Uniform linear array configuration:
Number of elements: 32
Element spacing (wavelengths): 0.5
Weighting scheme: exponential
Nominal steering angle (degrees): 60
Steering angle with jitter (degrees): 60.638
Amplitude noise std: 0.05
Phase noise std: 0.05

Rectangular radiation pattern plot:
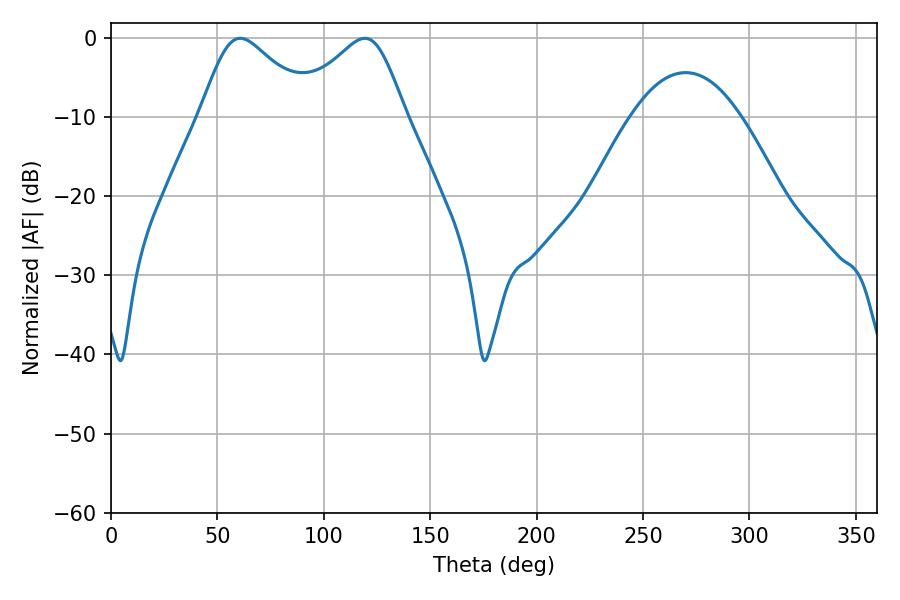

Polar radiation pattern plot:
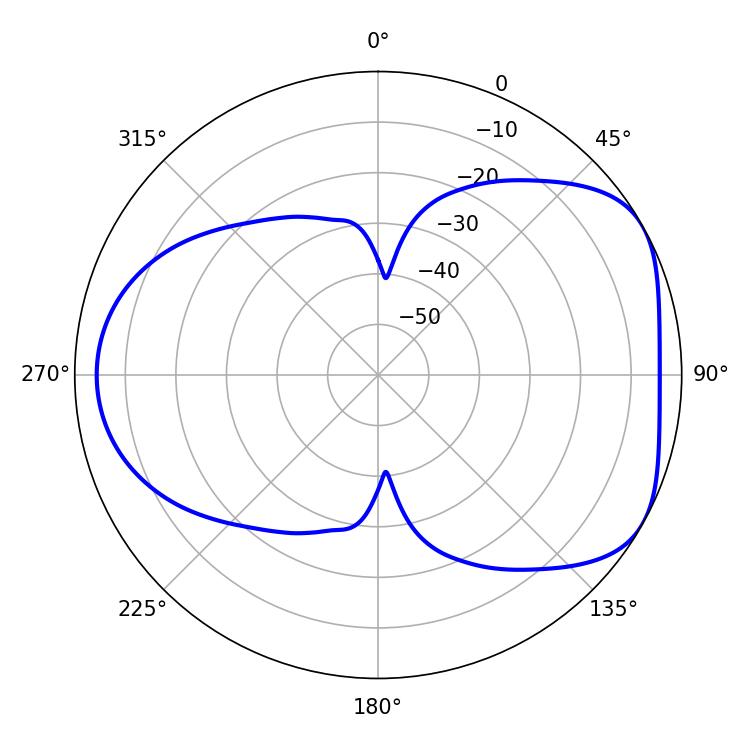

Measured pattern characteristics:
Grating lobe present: FALSE
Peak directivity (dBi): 4.885
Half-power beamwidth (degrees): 26.28
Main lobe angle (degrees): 60.66